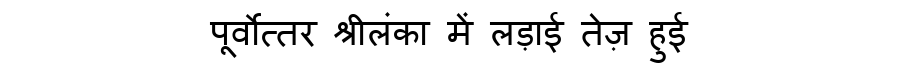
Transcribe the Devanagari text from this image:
पूर्वोत्तर श्रीलंका में लड़ाई तेज़ हुई